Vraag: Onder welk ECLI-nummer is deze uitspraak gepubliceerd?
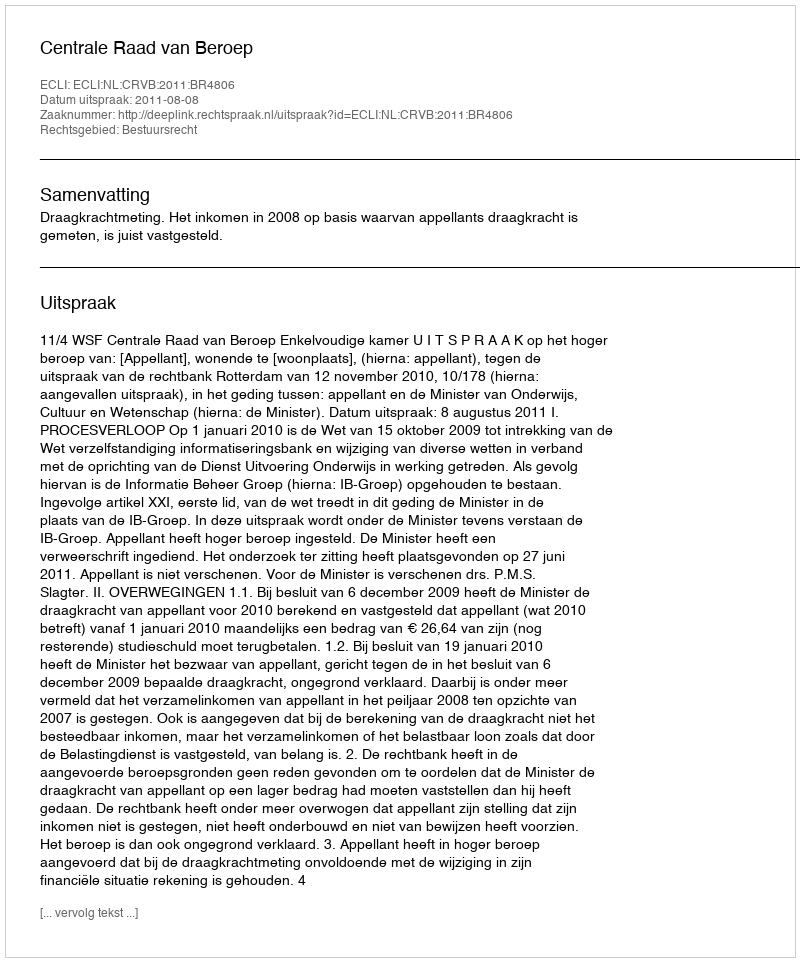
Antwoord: ECLI:NL:CRVB:2011:BR4806